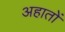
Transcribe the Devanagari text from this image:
अहातों